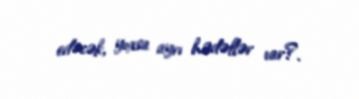
edəcək, yoxsa ayrı hədəflər var?.